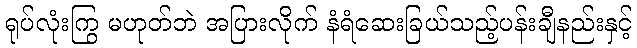
ရုပ်လုံးကြွ မဟုတ်ဘဲ အပြားလိုက် နံရံဆေးခြယ်သည့်ပန်းချီနည်းနှင့်